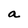
Character: a